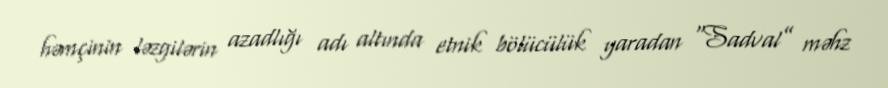
həmçinin ləzgilərin azadlığı adı altında etnik bölücülük yaradan “Sadval” məhz